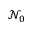
\mathcal { N } _ { 0 }